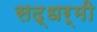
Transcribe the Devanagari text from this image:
सद्धर्मी